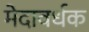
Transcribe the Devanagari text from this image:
मेदावर्धक